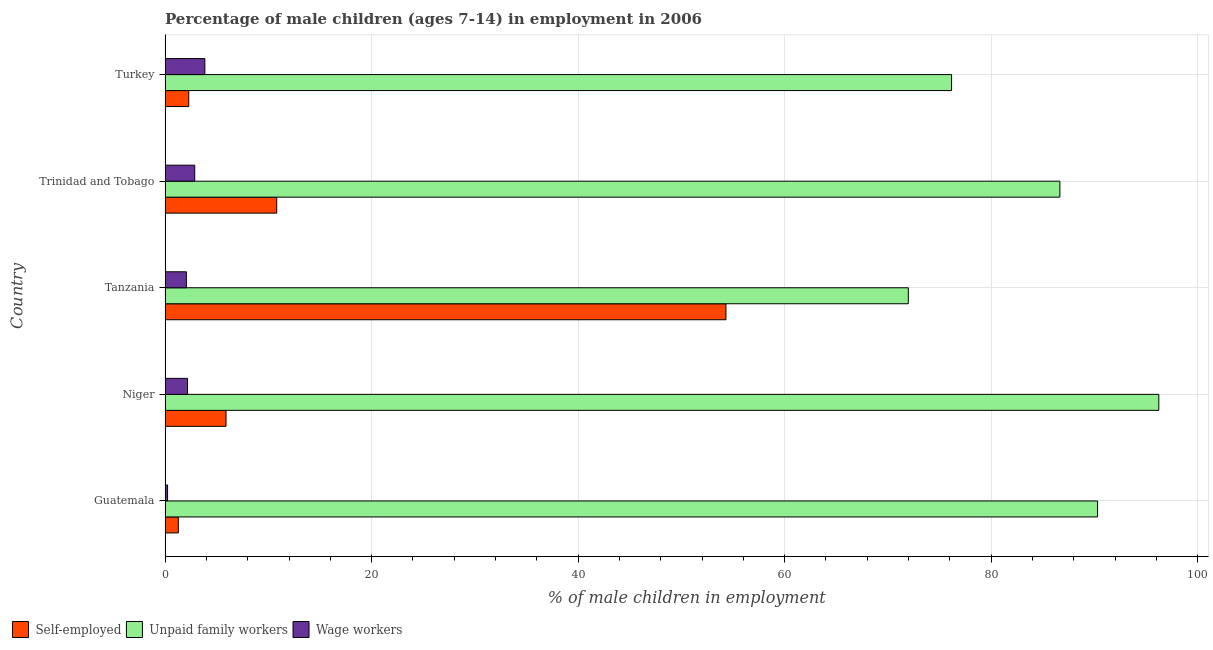
| Country | Self-employed | Unpaid family workers | Wage workers |
 | --- | --- | --- | --- |
 | Guatemala | 1.28 | 90.3 | 0.24 |
 | Niger | 5.9 | 96.2 | 2.17 |
 | Tanzania | 54.3 | 72 | 2.06 |
 | Trinidad and Tobago | 10.8 | 86.7 | 2.87 |
 | Turkey | 2.29 | 76.2 | 3.85 |